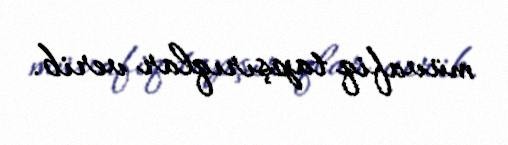
müvafiq tapşırıqlar verib.